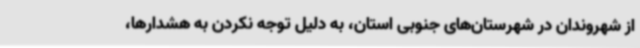
از شهروندان در شهرستان‌های جنوبی استان، به دلیل توجه نکردن به هشدارها،